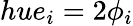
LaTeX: hue_{i}=2\phi_{i}